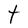
Character: t